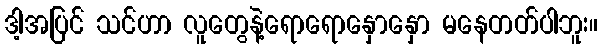
ဒါ့အပြင် သင်ဟာ လူတွေနဲ့ရောရောနှောနှော မနေတတ်ပါဘူး။